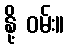
နို့ ဝမ်း။